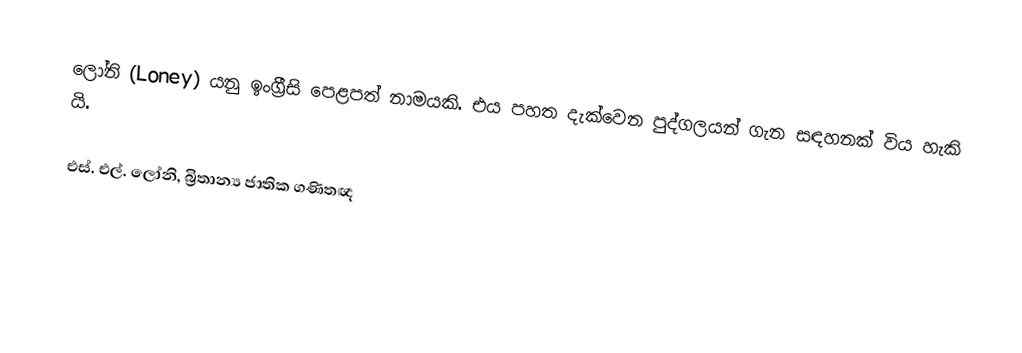
ලෝනි (Loney) යනු ඉංග්‍රීසි පෙළපත් නාමයකි. එය පහත දැක්වෙන පුද්ගලයන් ගැන සඳහනක් විය හැකි යි.

එස්. එල්. ලෝනි, බ්‍රිතාන්‍ය ජාතික ගණිතඥ